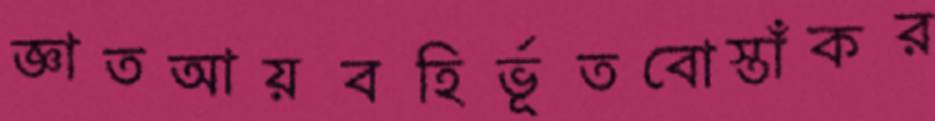
জ্ঞাতআয়বহির্ভূতবোস্তাঁকর